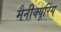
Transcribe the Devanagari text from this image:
मैनीक्यूरिंग